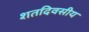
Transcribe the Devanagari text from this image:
शतदिवसीय